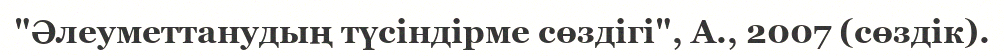
"Әлеуметтанудың түсіндірме сөздігі", А., 2007 (сөздік).